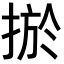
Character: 𢮁